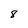
Character: 8